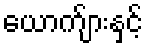
ယောက်ျားနှင့်